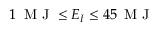
1 \, \mathrm { ~ M ~ J ~ } \le E _ { I } \le 4 5 \, \mathrm { ~ M ~ J ~ }